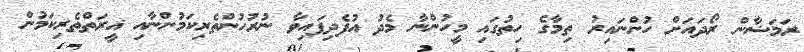
ރަމަޟާން ރޯދައަށް ހުންނައިރު ތިމާގެ ހިތުގައި މީހުންނާ މެދު އުފެދިފައިވާ ނުރުހުންތެރިކަމުންނާއި ޣީރަތްތެރިކަމުން